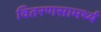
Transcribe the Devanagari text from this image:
वितरणसामर्थ्य